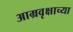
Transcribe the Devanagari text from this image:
आम्रवृक्षाच्या